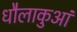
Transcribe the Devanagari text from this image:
धौलाकुआं